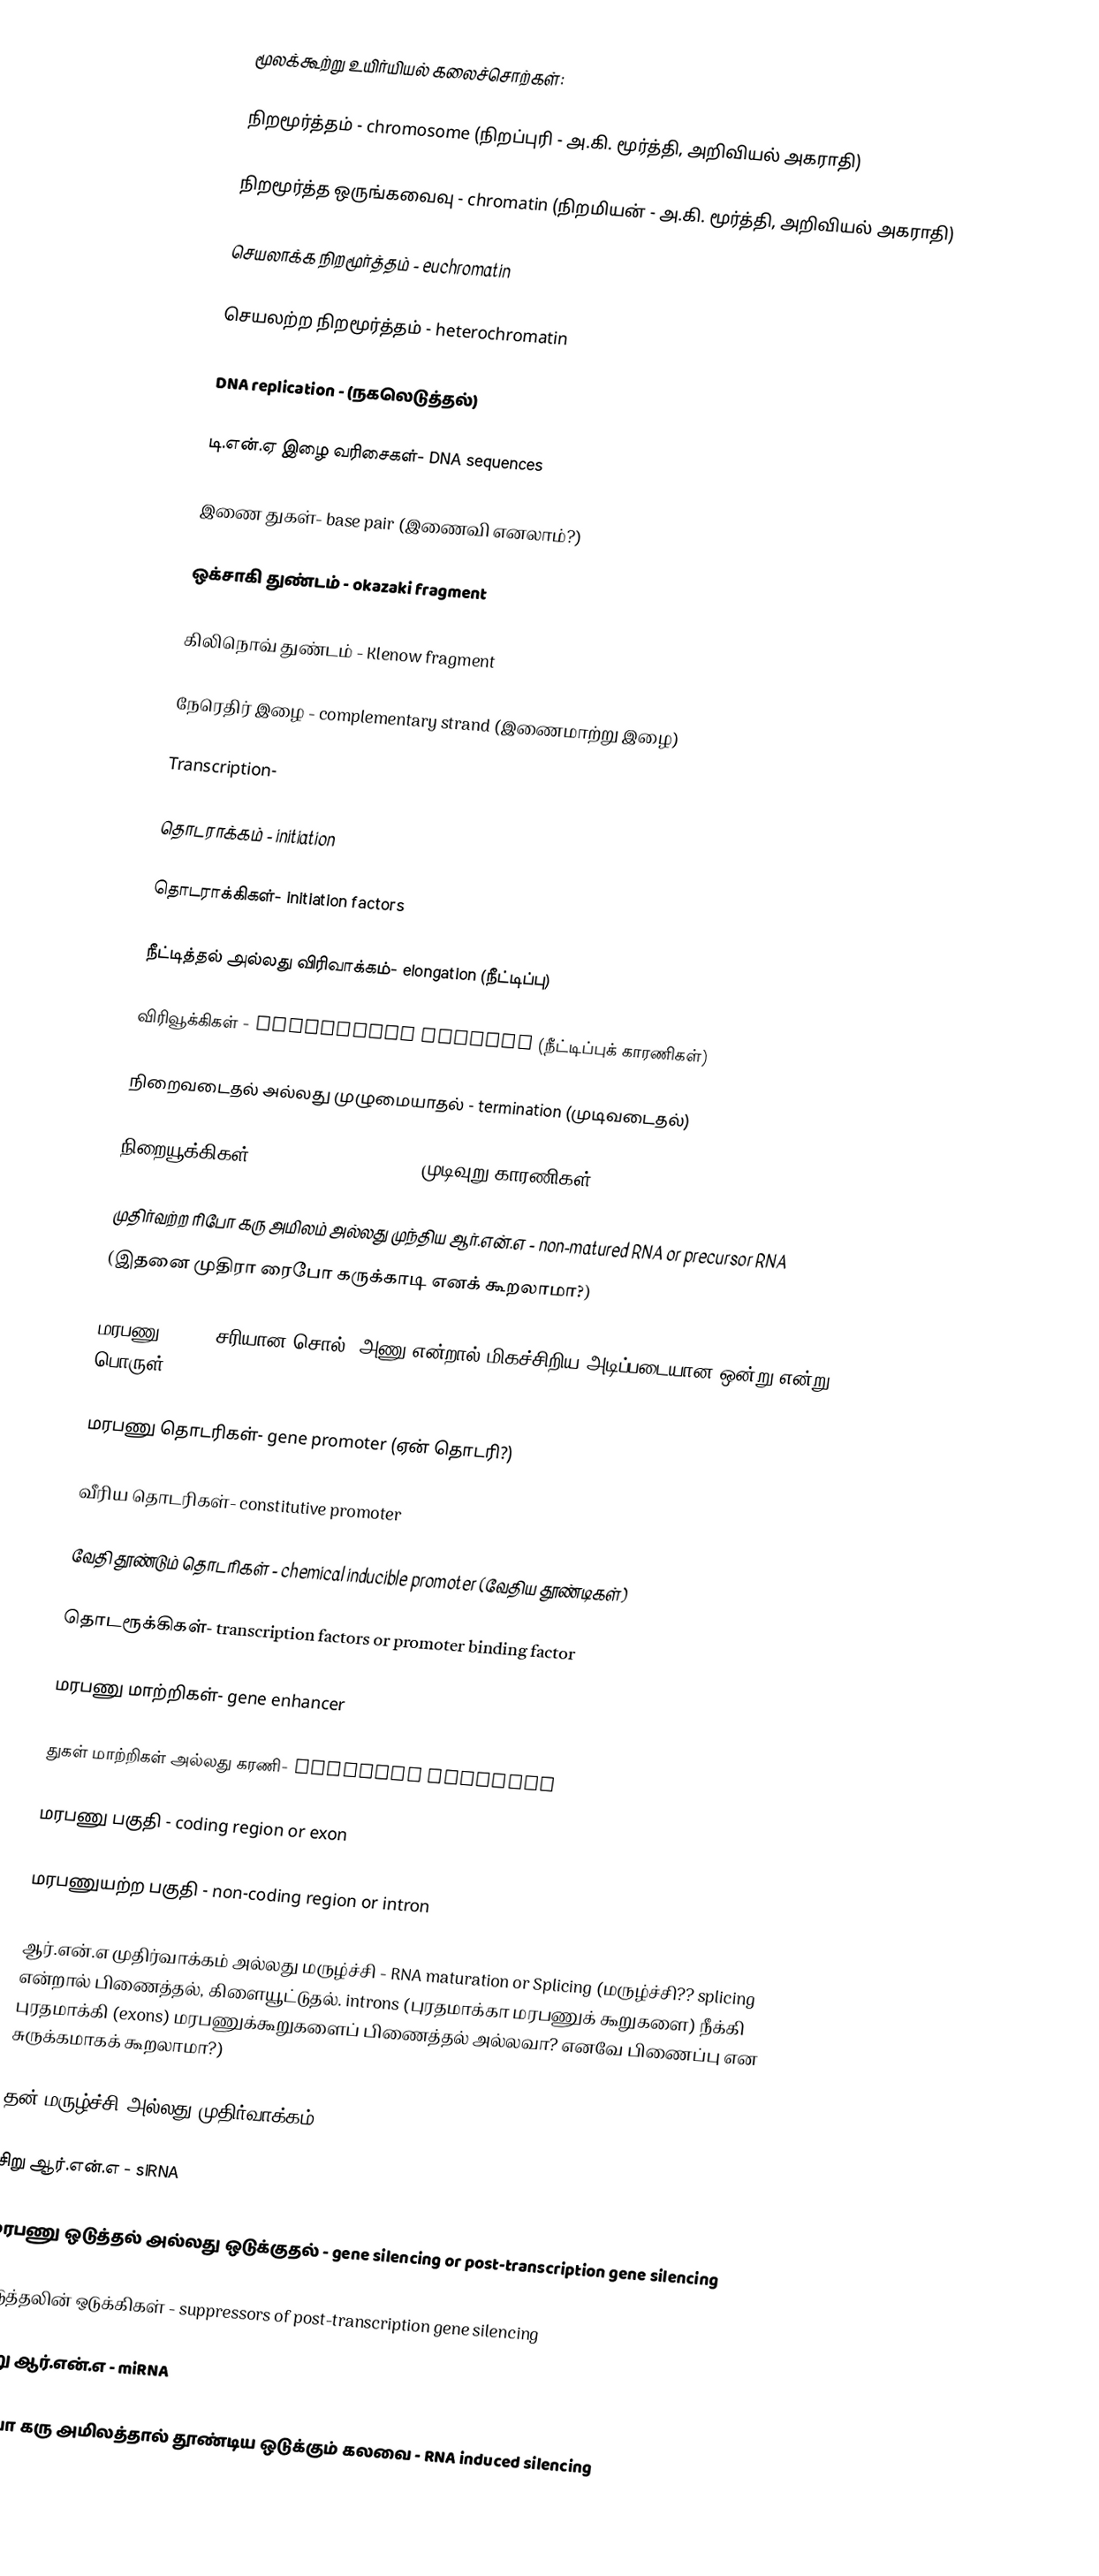
மூலக்கூற்று உயிர்யியல் கலைச்சொற்கள்:

நிறமூர்த்தம் - chromosome (நிறப்புரி - அ.கி. மூர்த்தி, அறிவியல் அகராதி)

நிறமூர்த்த ஒருங்கவைவு - chromatin (நிறமியன் - அ.கி. மூர்த்தி, அறிவியல் அகராதி)

செயலாக்க நிறமூர்த்தம் - euchromatin

செயலற்ற நிறமூர்த்தம் - heterochromatin

DNA replication - (நகலெடுத்தல்)

டி.என்.ஏ இழை வரிசைகள்- DNA sequences

இணை துகள்- base pair (இணைவி எனலாம்?)

ஒக்சாகி துண்டம் - okazaki fragment

கிலிநொவ் துண்டம் - Klenow fragment

நேரெதிர் இழை - complementary strand (இணைமாற்று இழை)

Transcription-

தொடராக்கம் - initiation

தொடராக்கிகள்- initiation factors

நீட்டித்தல் அல்லது விரிவாக்கம்- elongation (நீட்டிப்பு)

விரிவூக்கிகள் - elongation factors (நீட்டிப்புக் காரணிகள்)

நிறைவடைதல் அல்லது முழுமையாதல் - termination (முடிவடைதல்)

நிறையூக்கிகள் - termination factors (முடிவுறு காரணிகள்)

முதிர்வற்ற ரிபோ கரு அமிலம் அல்லது முந்திய ஆர்.என்.எ - non-matured RNA or precursor RNA
(இதனை முதிரா ரைபோ கருக்காடி எனக் கூறலாமா?)

மரபணு- gene (சரியான சொல். அணு என்றால் மிகச்சிறிய அடிப்படையான ஒன்று என்று பொருள்)

மரபணு தொடரிகள்- gene promoter (ஏன் தொடரி?)

வீரிய தொடரிகள்- constitutive promoter

வேதி தூண்டும் தொடரிகள் - chemical inducible promoter (வேதிய தூண்டிகள்)

தொடரூக்கிகள்- transcription factors or promoter binding factor

மரபணு மாற்றிகள்- gene enhancer

துகள் மாற்றிகள் அல்லது கரணி- enhancer elements

மரபணு பகுதி - coding region or exon

மரபணுயற்ற பகுதி - non-coding region or intron

ஆர்.என்.எ முதிர்வாக்கம் அல்லது மருழ்ச்சி - RNA maturation or Splicing (மருழ்ச்சி?? splicing என்றால் பிணைத்தல், கிளையூட்டுதல். introns (புரதமாக்கா மரபணுக் கூறுகளை) நீக்கி புரதமாக்கி (exons) மரபணுக்கூறுகளைப் பிணைத்தல் அல்லவா? எனவே பிணைப்பு என சுருக்கமாகக் கூறலாமா?)

தன் மருழ்ச்சி அல்லது முதிர்வாக்கம் - self- splicing

சிறு ஆர்.என்.எ - siRNA

மரபணு ஒடுத்தல் அல்லது ஒடுக்குதல் - gene silencing or post-transcription gene silencing

ஓடுத்தலின் ஒடுக்கிகள் - suppressors of post-transcription gene silencing

குறு ஆர்.என்.எ - miRNA

ரிபோ கரு அமிலத்தால் தூண்டிய ஒடுக்கும் கலவை - RNA induced silencing